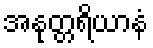
အနုတ္တရိယာနံ